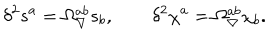
\delta ^ { 2 } s ^ { a } = \Omega _ { \nabla } ^ { a b } s _ { b } , \qquad \delta ^ { 2 } \chi ^ { a } = \Omega _ { \nabla } ^ { a b } \chi _ { b } .